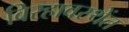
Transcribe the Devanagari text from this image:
विरहावस्थेंत